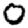
Digit: 0